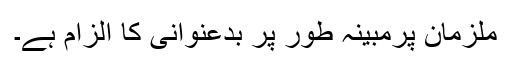
ملزمان پرمبینہ طور پر بدعنوانی کا الزام ہے۔